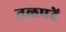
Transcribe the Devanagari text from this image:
तळपदें